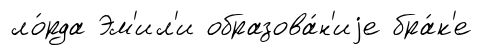
ло́рда Эм'ил'и образова́н'иjе бра́к'е